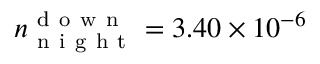
n _ { \mathrm { ~ n ~ i ~ g ~ h ~ t ~ } } ^ { \mathrm { ~ d ~ o ~ w ~ n ~ } } = 3 . 4 0 \times 1 0 ^ { - 6 }